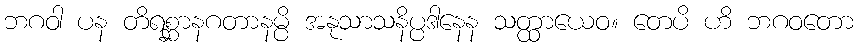
ဘဂဝါ ပန တိရစ္ဆာနဂတာနမ္ပိ အနုသာသနိပ္ပဒါနေန သတ္ထာယေဝ။ တေပိ ဟိ ဘဂဝတော